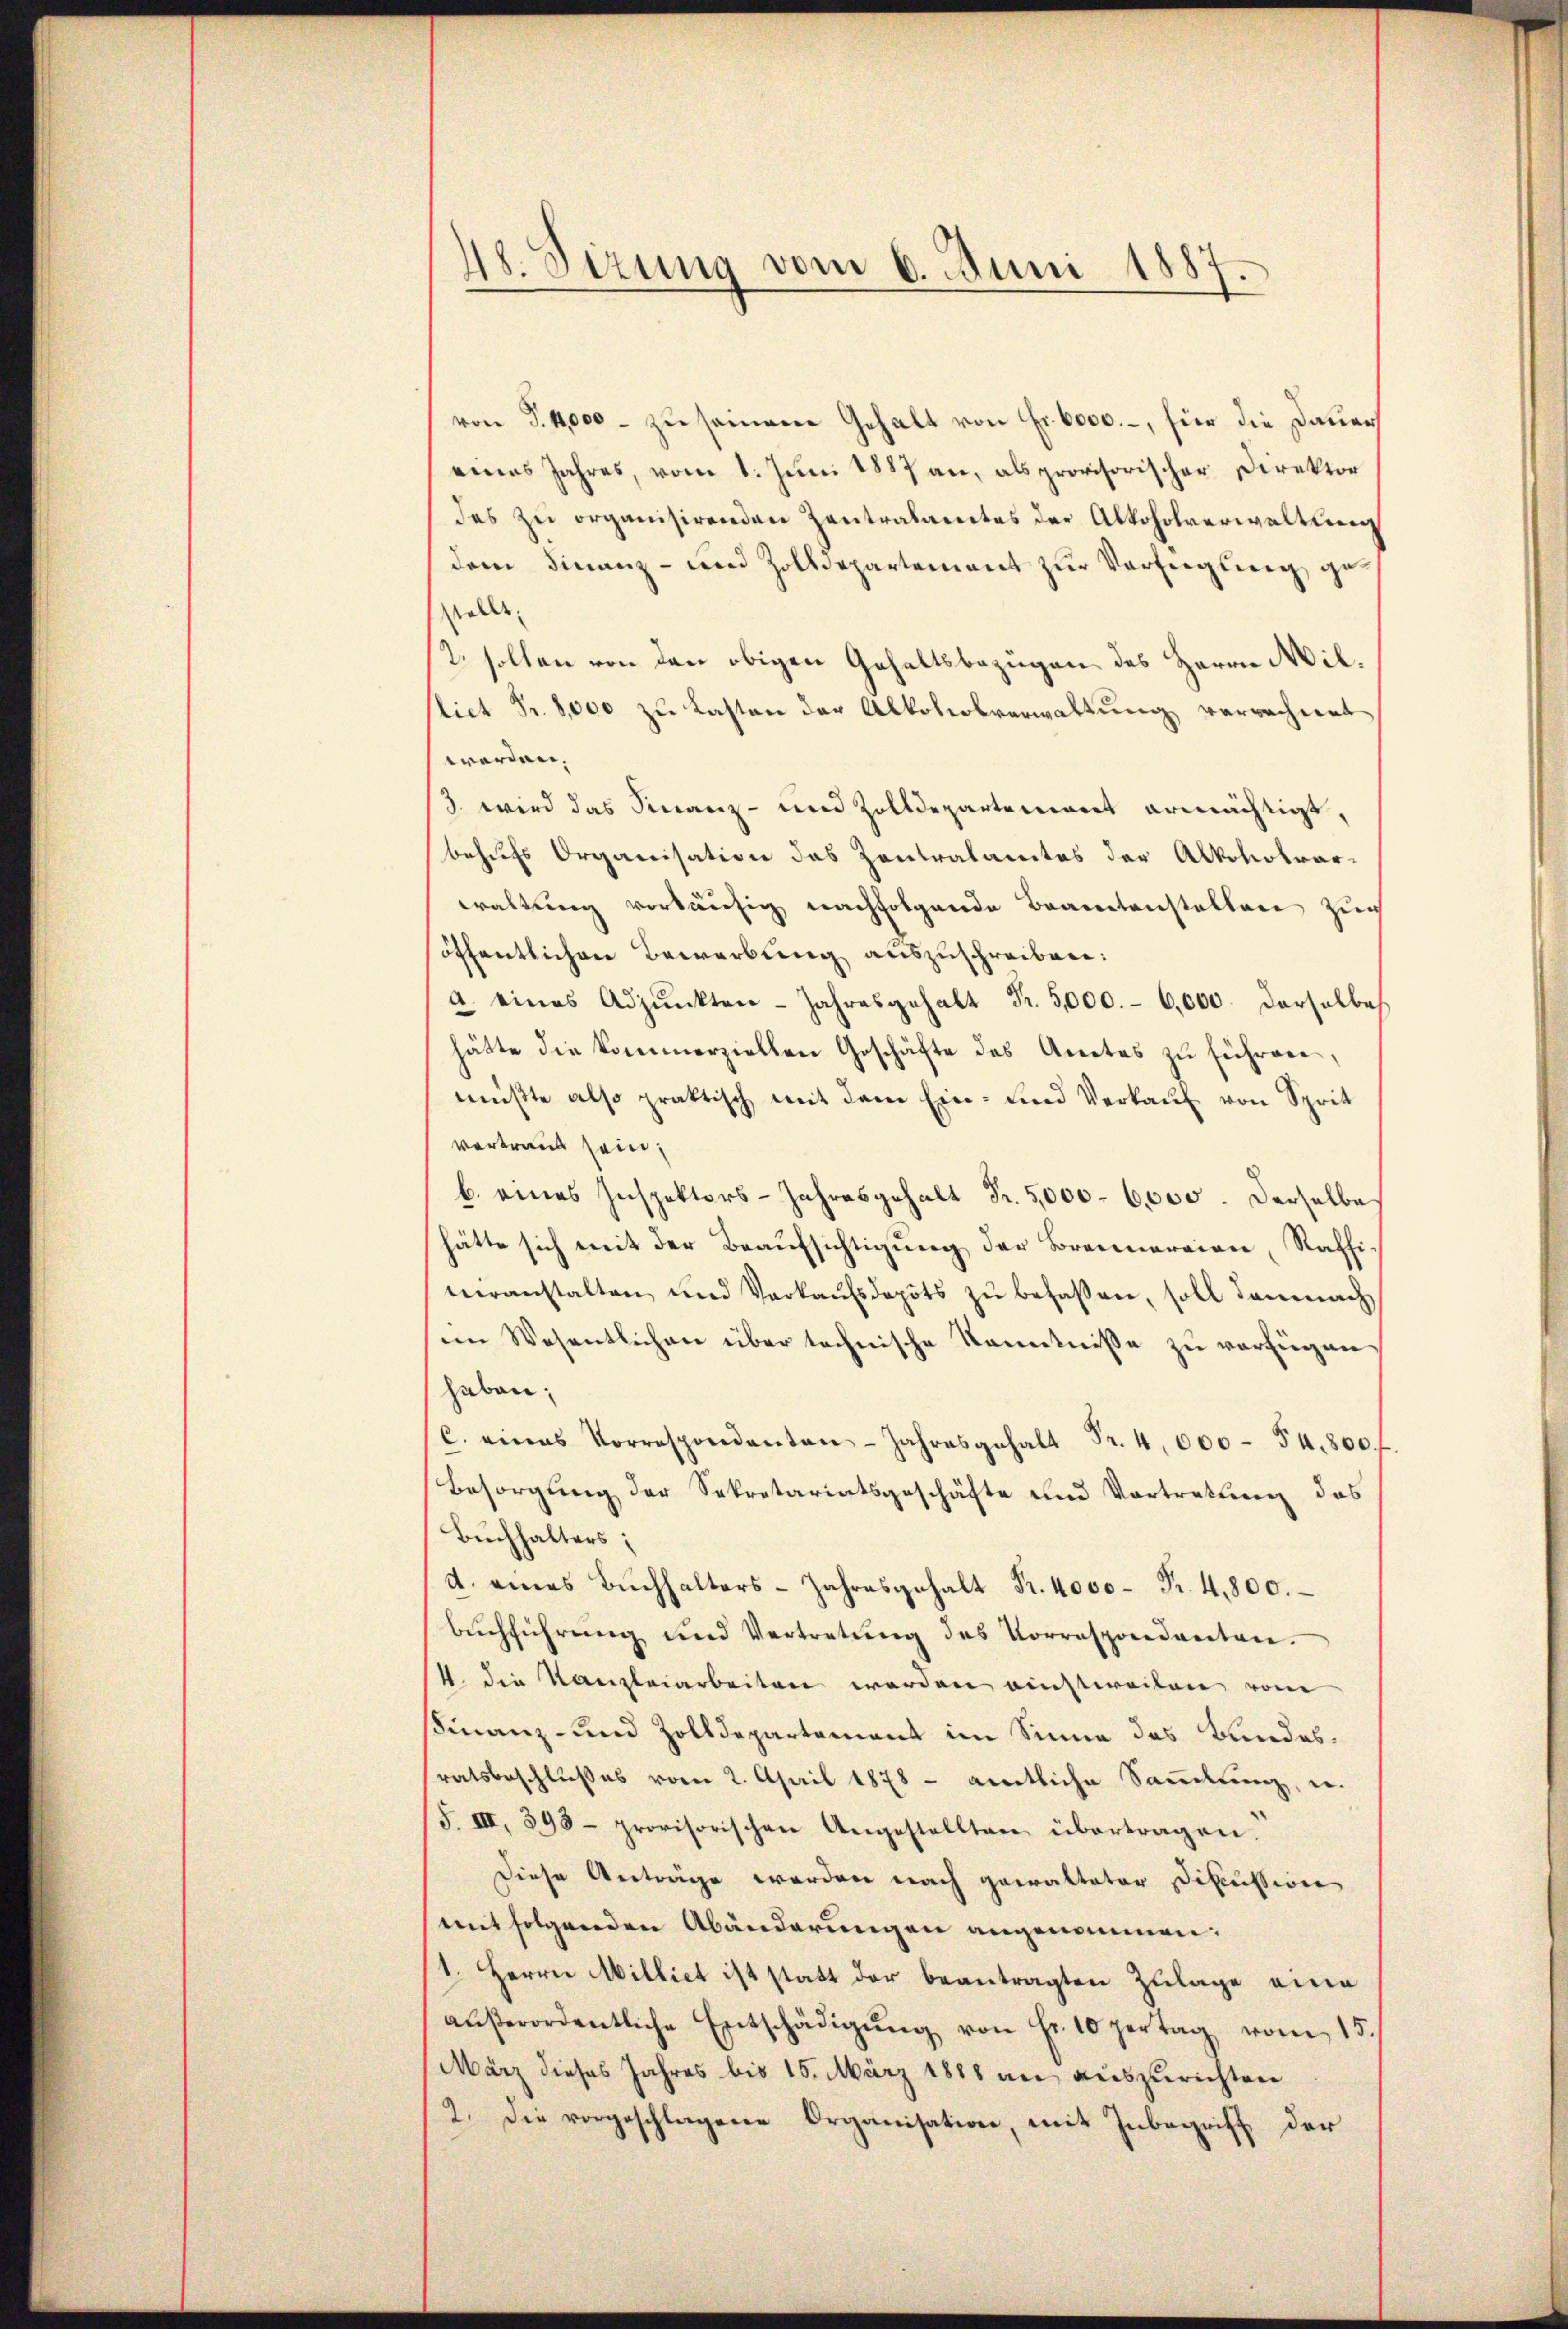
48. Sizung vom 6. Juni 1887.

von S. 41,000 - zu seinere Gehalt von Fr. 6000.-, für die Dauer
eines Jahres, vom 1. Juni 1887 an, als provisorischer Direktor
des zu organisirenden Zentralamtes der Alkoholverwaltung
dem Finanz- und Zolldepartement zŭr Verfügung ge
stolle.
t. sollen von den obigen Gehaltsbezügen des Herrn Mil¬
Nict Fr. 2,000 zu Lasten der Alkoholverwaltung verrechnet
worden.
3 wird das Finanz- und Zolldepartement ermächtigt,
behufs Organisation das Zentralamtes der Alkohotrar-
waltung vorläufig nachfolgende Beamtanstallen zur
öffentlichen Bewerbung auszuschreiben:
a. eines Adpŭnkten Jahresgehalt Fr. 5,000.- 6,000. Derselbes
hätte die kommerziellen Geschäfte des Anetes zŭ führere,
mußte also praktisch mit dem Ein- und Verkauf von Sprit
vertraut sein,
b. eines Inspektors-Jahresgehalt Fr. 5,000 - 6,000. Derselbe
hätte sich mit der Beaufsichtigung der Brennereien, Raffiveranstalten und Verkaŭfsdepots zŭ befaßen, soll demnach
im Wesentlichen über technische Kenntnisse zu vorfiegen
haben.
C. eines Vorrespondanten .44.800.
Besorgung der Sekretariatsgeschäfte und Vortretung das
Buchhalters;
d. eines Buchhalters-Jahresgehalt Fr. 4000 Fr. 4800.
Bŭchführung und Vertretŭng des Vorrespondametrie.
/4. die Kanzleiarbeiten werden einstweilen vom
Finanz- und Zolldepartement im Sinne des Bundesratsbeschlußes vom 2. April 1878 - amtliche Saṁlŭng, u.
S. III. 395- provisorischen Angestellten übertragen.
Diese Anträge werden nach gewalteter Discussion
mit folgenden Abänderungen angenommen:
(1. Herrn Milliet ist statt der beantragten Zulage eine
aŭβerordentliche Entschädigŭng von Fr. 10 pertag vom 15.
März dieses Jahres bis 15. März 1888 an auszurichten
2. Die vorgeschlagene Organisation, mit Inbegriff der